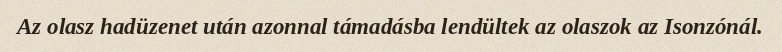
Az olasz hadüzenet után azonnal támadásba lendültek az olaszok az Isonzónál.